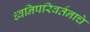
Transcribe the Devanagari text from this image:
ध्वनिपरिवर्तनाचे